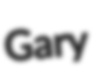
Gary